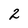
Character: 2